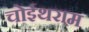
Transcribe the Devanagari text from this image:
चोईथराम